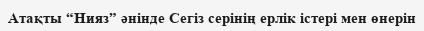
Атақты “Нияз” әнінде Сегіз серінің ерлік істері мен өнерін